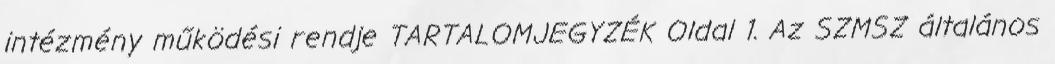
intézmény működési rendje TARTALOMJEGYZÉK Oldal 1. Az SZMSZ általános